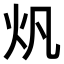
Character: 𤆘